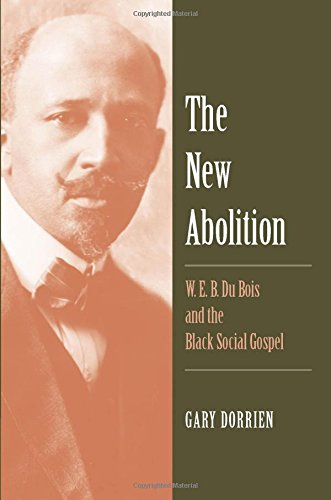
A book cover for The New Abolition: W. E. B. Du Bois and the Black Social Gospel; Gary Dorrien; History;